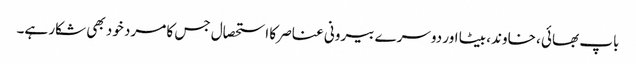
باپ بھائی ، خاوند، بیٹا اور دوسرے بیرونی عناصر کا استحصال جس کا مرد خود بھی شکار ہے۔